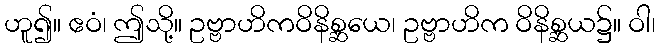
ဟူ၍။ ဧဝံ၊ ဤသို့။ ဥဗ္ဗာဟိကဝိနိစ္ဆယေ၊ ဥဗ္ဗာဟိက ဝိနိစ္ဆယ၌။ ဝါ၊